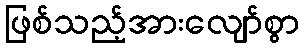
ဖြစ်သည့်အားလျော်စွာ